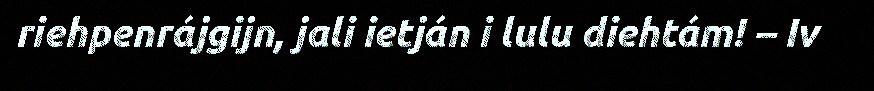
riehpenrájgijn, jali ietján i lulu diehtám! – Iv